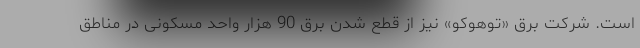
است. شرکت برق «توهوکو» نیز از قطع شدن برق 90 هزار واحد مسکونی در مناطق